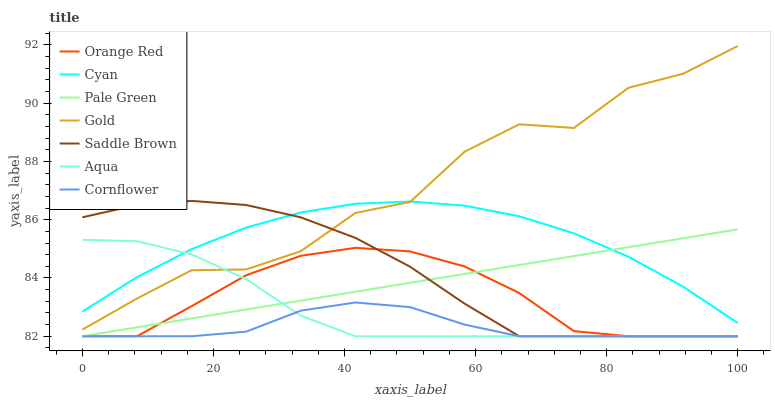
| xaxis_label | Orange Red | Cyan | Pale Green | Gold | Saddle Brown | Aqua | Cornflower |
 | --- | --- | --- | --- | --- | --- | --- | --- |
 | 0 | 82 | 82.8 | 82 | 82.2 | 86.1 | 85.3 | 82 |
 | 8.33 | 82 | 84 | 82.3 | 83.3 | 86.5 | 85.3 | 82 |
 | 16.7 | 83 | 85 | 82.6 | 84.3 | 86.6 | 84.8 | 82 |
 | 25 | 84.1 | 85.7 | 82.9 | 84.3 | 86.5 | 84 | 82.2 |
 | 33.3 | 84.8 | 86.2 | 83.2 | 84.9 | 86.1 | 82.7 | 82.9 |
 | 41.7 | 85 | 86.5 | 83.5 | 86.2 | 85.4 | 82 | 83.2 |
 | 50 | 84.9 | 86.6 | 83.8 | 86.6 | 84.4 | 82 | 83 |
 | 58.3 | 84.4 | 86.5 | 84.1 | 88.3 | 83.1 | 82 | 82.4 |
 | 66.7 | 83.5 | 86.1 | 84.4 | 89.3 | 82 | 82 | 82 |
 | 75 | 82.2 | 85.5 | 84.8 | 89.2 | 82 | 82 | 82 |
 | 83.3 | 82 | 84.7 | 85.1 | 90.5 | 82 | 82 | 82 |
 | 91.7 | 82 | 83.7 | 85.4 | 91 | 82 | 82 | 82 |
 | 100 | 82 | 82.5 | 85.7 | 92 | 82 | 82 | 82 |